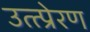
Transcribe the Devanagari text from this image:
उत्त्प्रेरण